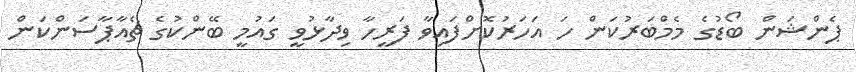
ޕެންޝަން ބޯޑުގެ މެމްބަރުކަން ހަ އަހަރުކޮށްފައިވާ ފަރީހާ ވިދާޅުވީ ގައުމީ ބޭންކުގެ ޗެއާޕާސަންކަން